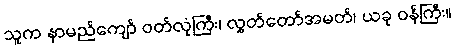
သူက နာမည်ကျော် ဝတ်လုံကြီး၊ လွှတ်တော်အမတ်၊ ယခု ဝန်ကြီး။